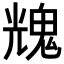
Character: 𩳁